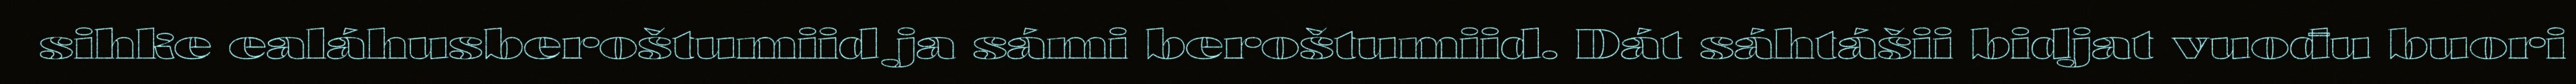
sihke ealáhusberoštumiid ja sámi beroštumiid. Dát sáhtášii bidjat vuođu buori